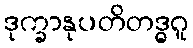
ဒုက္ခာနုပတိတဒ္ဓဂူ